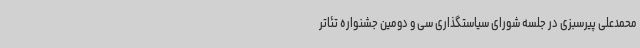
محمدعلی پیرسبزی در جلسه شورای سیاستگذاری سی و دومین جشنواره تئاتر